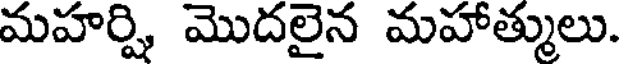
మహర్షి మొదలైన మహాత్ములు.